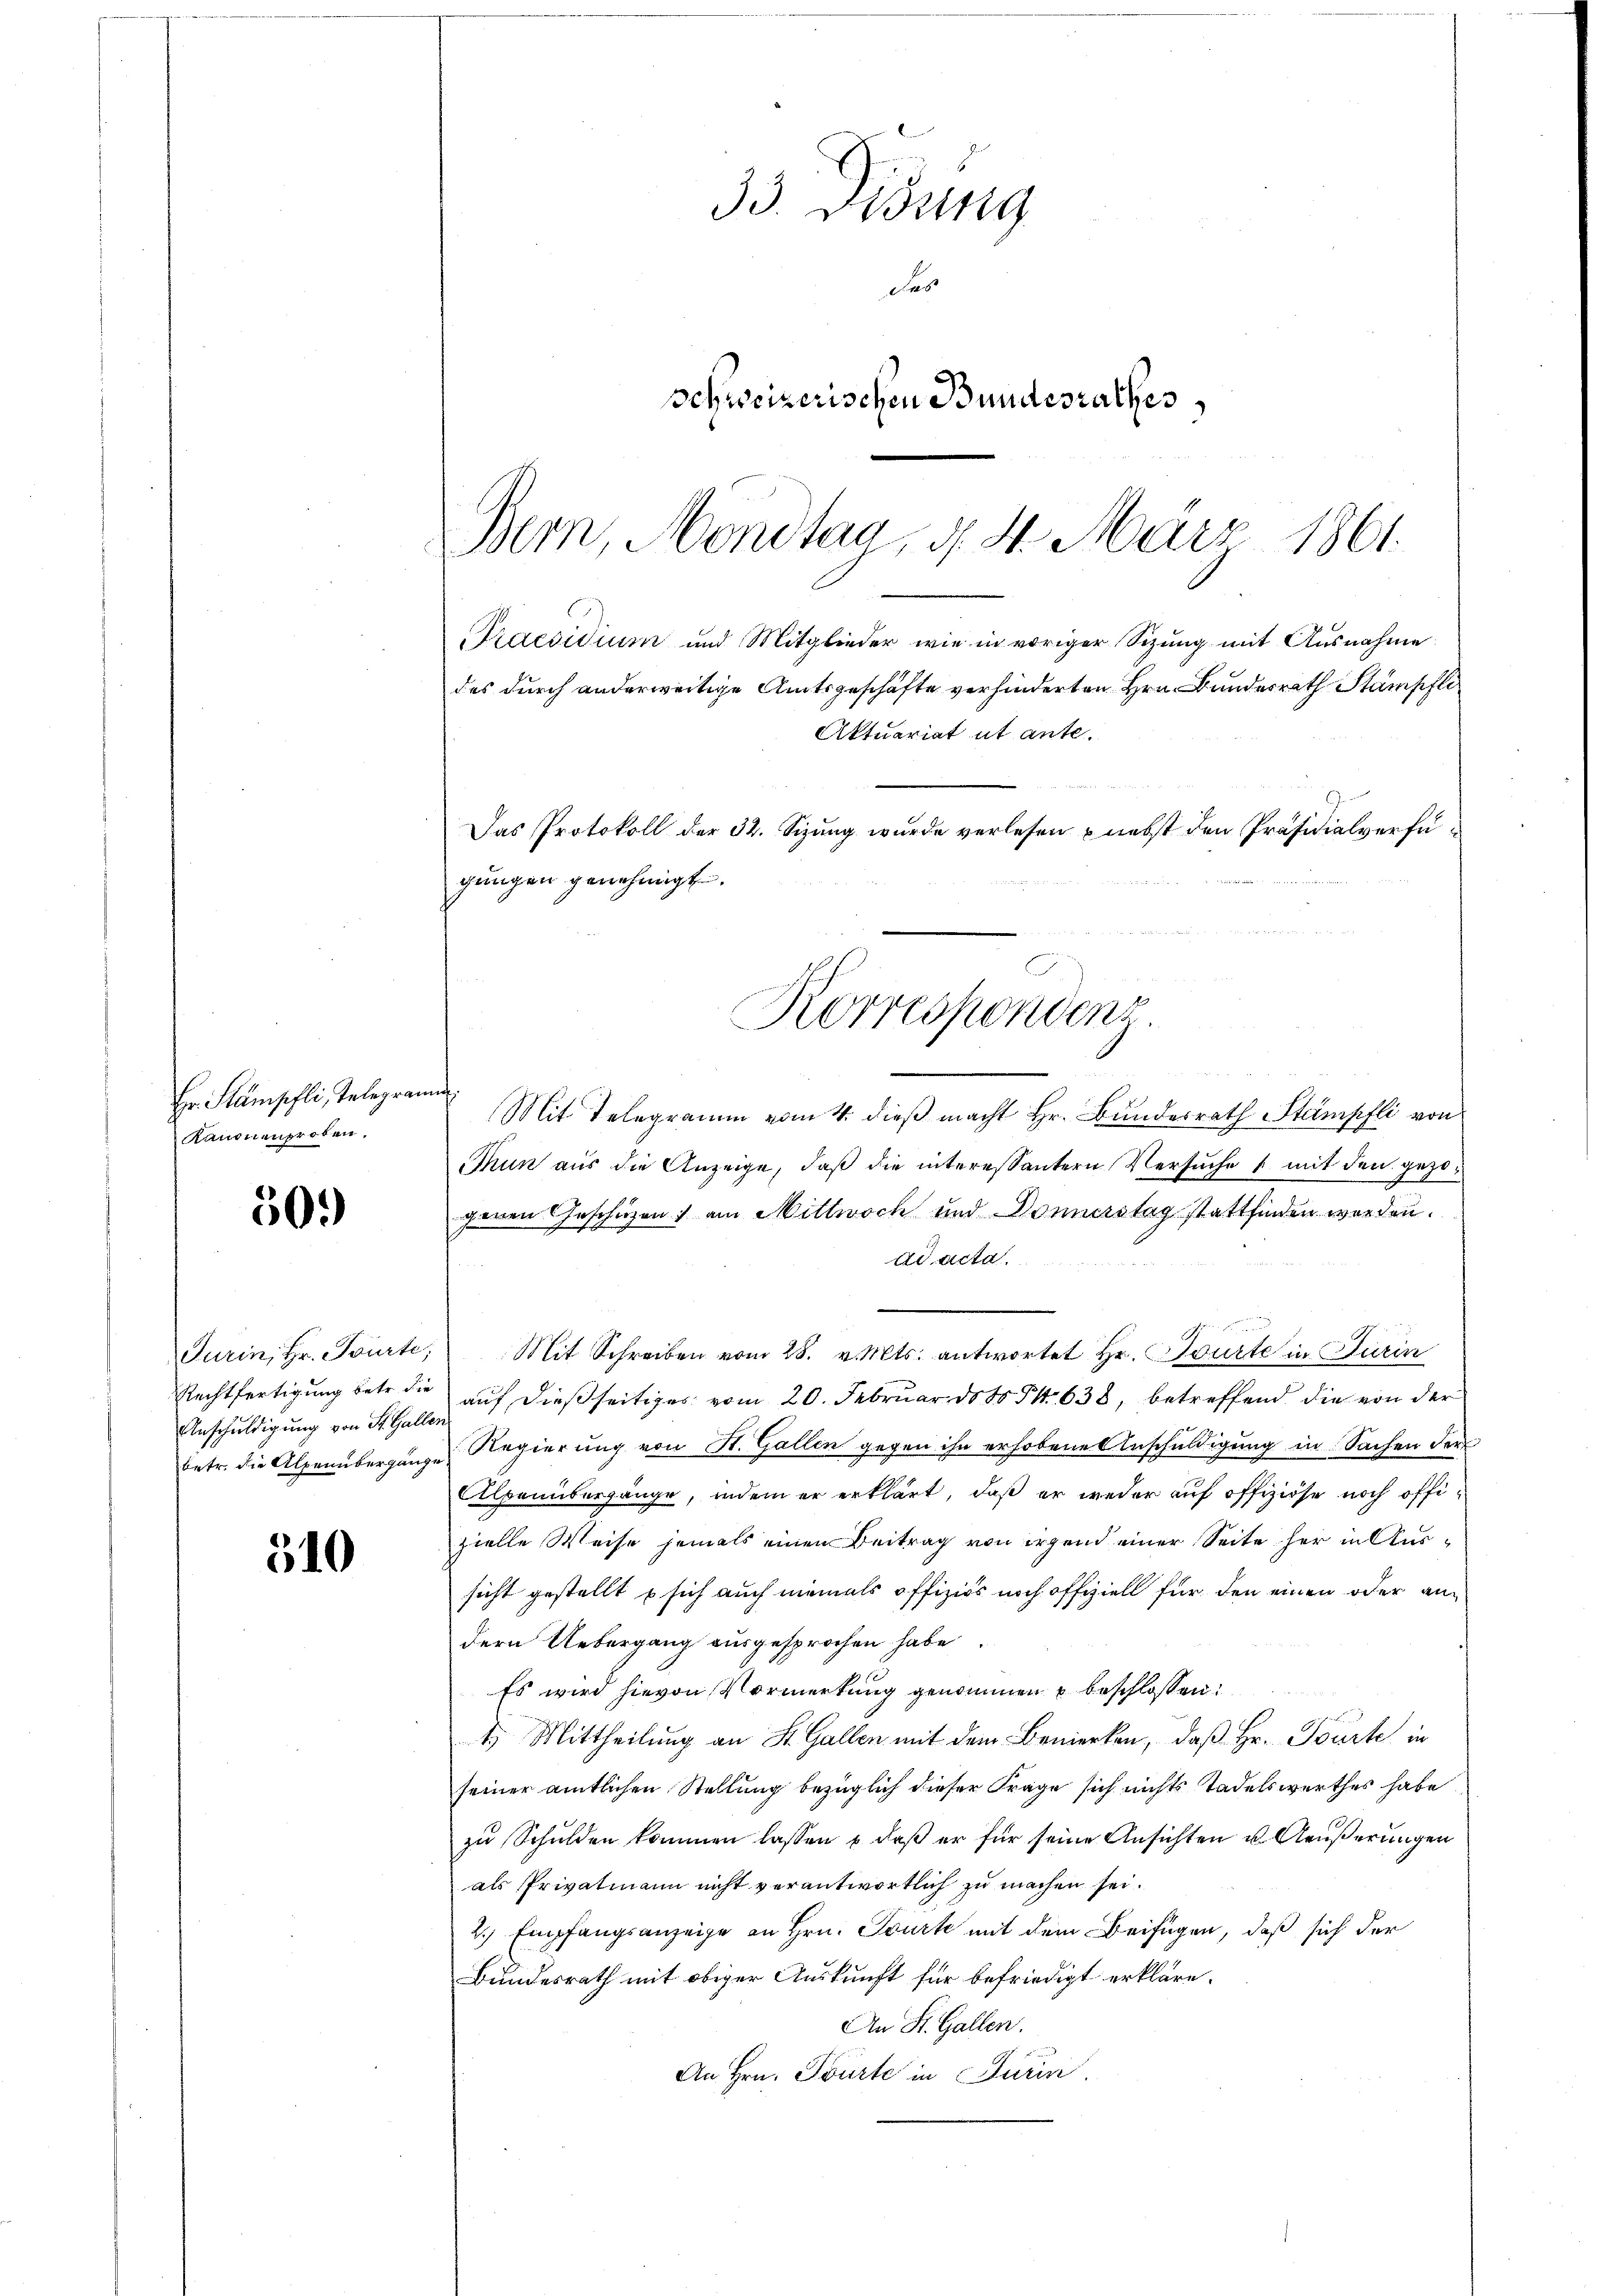
Hr. Stämpfli, Telegran
Kanonenproben,

50.)

Turin, Hr. Tourte;
Rechtfertigung betr. die
Anschuldigung von St. Galle
betr. die Alpenübergang.

310

33. Visung
Sa
Schweizerischen Bundesrathes

E
Mit Telegramm vom 4. dieß macht Hr. Bundesrath Stämpfli von
Thun aus die Anzeige, daß die interessantern Versuche 1 mit den gezogenen Geschäzen am Mittwoch und Donnerstag stattfinden worden.
ad acta
Mit Schreiben vom 28. v. Mts. antwortet Hr. Tourte in Turin
auf dießseitiges vom 20. Februar deto P 638, betreffend die von der
Regierung von St. Gallen gegen ihn erhobene Anschuldigung in Sachen der
Alpenbergange, indem er erklärt, daß er weder auf offiziöse noch offizielle Weise jemals einen Beitrag von irgend einer Seite her in Aussicht gestellt & sich auch niemals offiziös noch offiziell für den einen oder andern Uebergang ausgesprochen habe.
Es wird hievon Vormerkung genommen u beschlossen:
1) Mittheilung an St. Gallen mit dem Bemerken, daß Hr. Tourte in
seiner amtlichen Stellung bezüglich dieser Frage sich nichts tadelswerthes habe
zu Schulden kommen lassen u. daß er für seine Ansichten u. Aeußerungen
als Privatmann nicht verantwortlich zu machen sei.
2.) Empfangsanzeige an Hrn. Tourk mit dem Beifügen, daß sich der
Bundesrath mit obiger Auskunft für befriedigt erkläre.
An St. Gallen.
An Hrn. Tourte in Jurin

Bern, Mondtag, d. 4. März 1861.
Praesidium und Mitglieder wie in voriger Sizung mit Ausnahme
des durch anderweitige Amtsgeschäfte verhinderten Hrn. Bundesrath Stämpfli
Aktuariat ut ante.
Das Protokoll der 32. Sizung wurde verlesen nebst den Präsidialverfügŭngen genehmigt.
Korrespondenz.